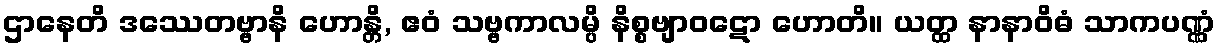
ဌာနေတိ ဒဿေတဗ္ဗာနိ ဟောန္တိ, ဧဝံ သဗ္ဗကာလမ္ပိ နိစ္စဗျာဝဋော ဟောတိ။ ယတ္ထ နာနာဝိဓံ သာကပဏ္ဏံ